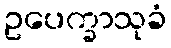
ဥပေက္ခာသုခံ